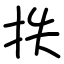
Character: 抶